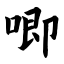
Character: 唧